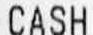
CASH